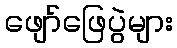
ဖျော်ဖြေပွဲများ